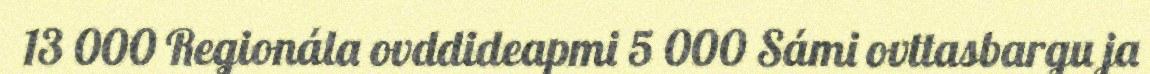
13 000 Regionála ovddideapmi 5 000 Sámi ovttasbargu ja